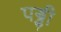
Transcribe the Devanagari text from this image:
पड्डी